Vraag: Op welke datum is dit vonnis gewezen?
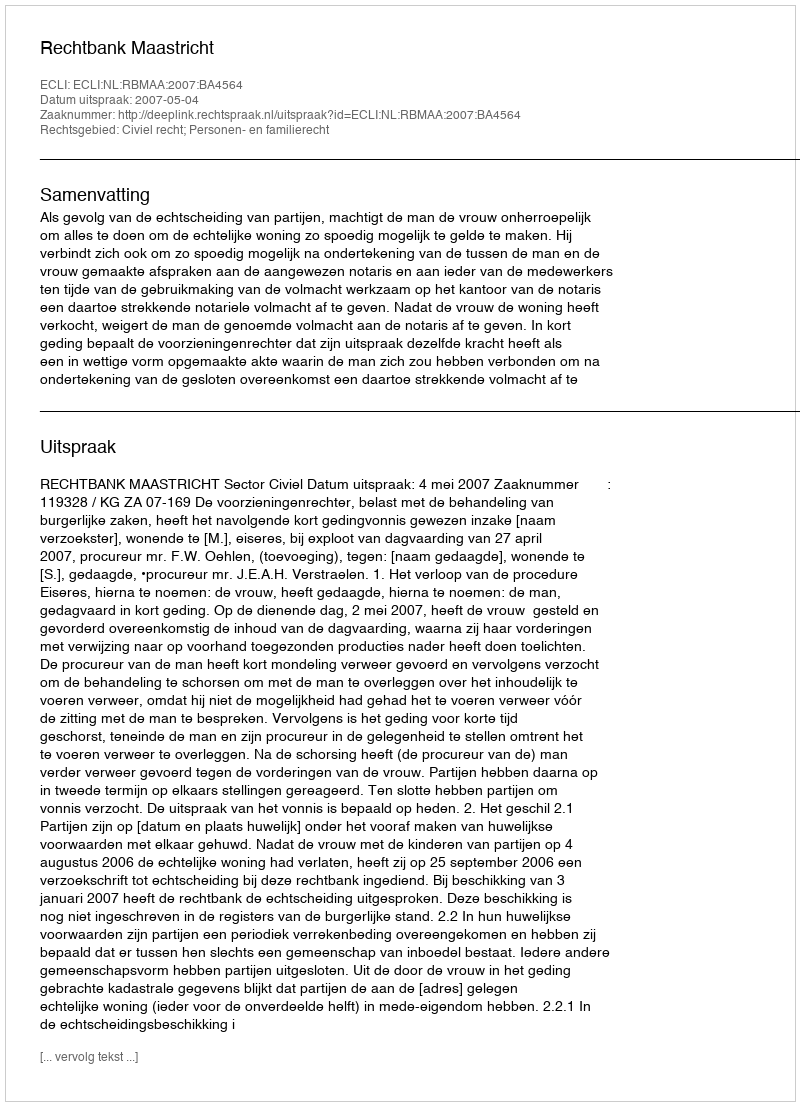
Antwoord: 2007-05-04